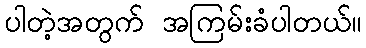
ပါတဲ့အတွက် အကြမ်းခံပါတယ်။